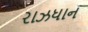
રાઝધાન